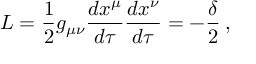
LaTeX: { \cal { L } } = \frac { 1 } { 2 } g _ { \mu \nu } \frac { d x ^ { \mu } } { d \tau } \frac { d x ^ { \nu } } { d \tau } = - \frac { \delta } { 2 } \: ,